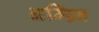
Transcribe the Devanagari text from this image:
अम्य्र्नि